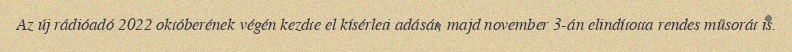
Az új rádióadó 2022 októberének végén kezdte el kísérleti adását, majd november 3-án elindította rendes műsorát is.